Report of an investigation into the causes of malaria in Bombay and the measures necessary for its control
Disease focus: Malaria
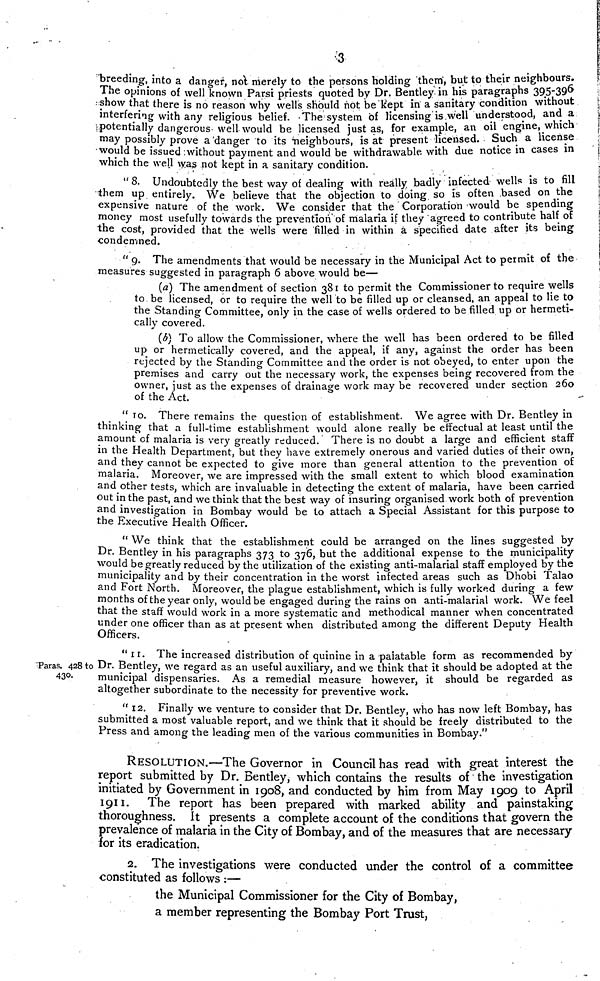
3
breeding, into a danger, not merely to the persons holding them, but to their neighbours.
The opinions of well known Parsi priests quoted by Dr. Bentley in his paragrapns 395-396
show that there is no reason why wells should riot be kept in a sanitary condition witnouu
interfering with any religious belief. The System of licensing is.well understood, ana a
potentially dangerous-well would be licensed just as, for example, an oilengine, wmcn
may possibly prove a danger to its neighbours, is at present licensed. Sucn a license
would be issued without payment and would be withdrawable, with due notice in cases in
which the well was not kept in a sanitary condition.
"8. Undoubtcdly the best way of dealing with really badly infected wells is to fill
them up entirely. We believe that the objection to doing so is often based on the
expensive nature of the work. We consider that the Corporation would be speding
money most usefully towards the prevention of malaria if they agreed to contribute halt of
the cost, provided that the wells were filled in within à specified date after its being
condemned.
"9. The amendments that would be necessary in the Municipal Act to permit of the
measures suggested in paragraph 6 above would be—
(a) The amendment of section 381 to permit the Commissioner to require wells
to be licensed, or to require the well to be filled up or cleansed, an appeal to lie to
the Standing Committee, only in the case of wells ordered to be filled up or nermeti-
cally covered.
(6) To allow the Commissioner, where the well bas been ordered to be filled
up or hermetically covered, and the appeal, if any, against the order has been
rejected by the Standing Committee and the order is not obeyed, to enter upon the
premises and carry out the necessary work, the expenses being recovered from the
owner, just as the expenses of drainage work may be recovered under section 200
of the Act.
" TO. There remains the question of establishment. We agrée with Dr. Bentley in
thinking that a full-time establishment would alone really be effectuai at leastuntil the
amount of malaria is very greatly reduced. ' There is no doubt a large and efficient statt
in the Health Department, but they have extremely onerous and varied duties of their own,
and they cannot be expected to give more than general attention to the prevention of
malaria. Moreover, we are impressed with the small extent to which blood examination
and other tests, which are invaluable in detecting the extent of malaria, have been camed
out in the past, and we think that the best way of insuring organised work both of prevention
and investigation in Bombay would be to attach a Special Assistant for this purpose to
the Executive Health Officer.
"We think that the establishment could be arranged on the lines suggested by
Dr. Bentley in his paragraphs 373 to 376, but the additional expense to the municipahty
would be greatly reduced by the utilization of the existing anti-malarial staff employed by the
municipality and by their concentration in the worst infected areas such as Dhobi Talao
and Fort North. Moreover, the plague establishment, which is fully worked during a few
months of theyear only, would be engaged during the rains on anti-malarial work. We feel
that the staff would work in a more systematic and methodical manner when concentrated
under one officer than as at present when distributed among the different Deputy Health
Officers.
Paras. 428 to
430.
"II. The increased distribution of quinine in a paiatable form as recommended by
Dr. Bentley, we regard as an useful auxiliary, and we think that it should be adopted at the
municipal dispensaries. As a remedial measure however, it should be regarded as
altogether subordinate to the necessity for preventive work.
" 12. Finaily we venture to consider that Dr. Bentley, who has now left Bombay, has
submitted a most valuable report, and we think that it should be freely distributed to the
Press and among the leading men of the various communities in Bombay."
RESOLUTION.—The Governor in Council has read with great interest the
report submitted by Dr. Bentley, which contains the results of the investigation
initiated by Government in 1908, and conducted by him from May 1909 to April
1911. The report has been prepared with marked ability and painstaking
thoroughness. It presents a complete account of the conditions that govern the
prevalence of malaria in the City of Bombay, and of the measures that are necessary
for its eradication.
2. The investigations were conducted under the control of a committee
constituted as follows :—
the Municipal Commissioner for the City of Bombay,
a member representing the Bombay Port Trust,